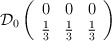
\begin{align*}\mathcal{D}_{0}\left( \begin{array}{ccc}0 & 0 & 0\\\frac{1}{3} & \frac{1}{3} & \frac{1}{3}\end{array}\right)\end{align*}